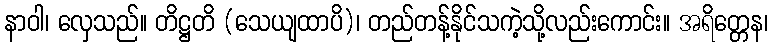
နာဝါ၊ လှေသည်။ တိဋ္ဌတိ (သေယျထာပိ)၊ တည်တန့်နိုင်သကဲ့သို့လည်းကောင်း။ အရိတ္တေန၊